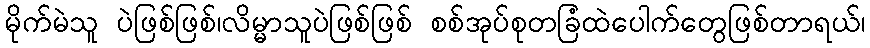
မိုက်မဲသူ ပဲဖြစ်ဖြစ်၊လိမ္မာသူပဲဖြစ်ဖြစ် စစ်အုပ်စုတခြံထဲပေါက်တွေဖြစ်တာရယ်၊